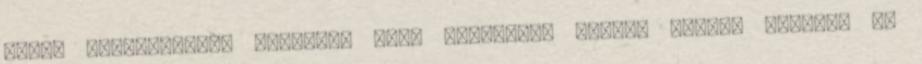
nincs körülírható, kitűzött cél, nincsenek elérni kívánt köridők és